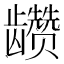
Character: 𲎫